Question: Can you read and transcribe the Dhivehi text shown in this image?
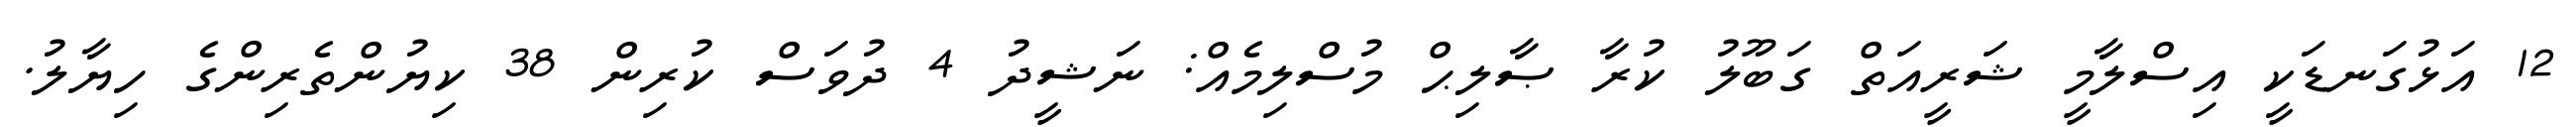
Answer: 12 އަޅުގަނޑަކީ އިސްލާމީ ޝަރީއަތް ގަބޫލު ކުރާ ޞާލިޙް މުސްލިމެއް: ނަޝީދު 4 ދުވަސް ކުރިން 38 ކިޔުންތެރިންގެ ހިޔާލު.